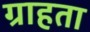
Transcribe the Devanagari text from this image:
ग्राहता